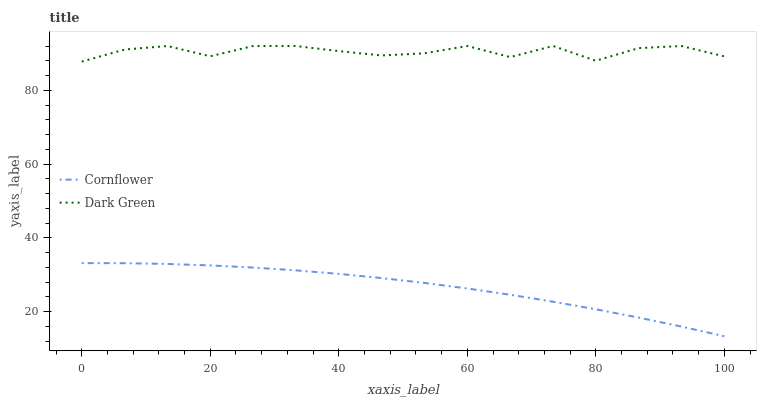
| xaxis_label | Cornflower | Dark Green |
 | --- | --- | --- |
 | 0 | 33.1 | 87.8 |
 | 6.67 | 33.1 | 91 |
 | 13.3 | 32.9 | 92 |
 | 20 | 32.5 | 89.2 |
 | 26.7 | 31.9 | 92 |
 | 33.3 | 31.2 | 92 |
 | 40 | 30.2 | 90.6 |
 | 46.7 | 29.1 | 89.4 |
 | 53.3 | 27.8 | 90 |
 | 60 | 26.2 | 92 |
 | 66.7 | 24.6 | 89 |
 | 73.3 | 22.7 | 92 |
 | 80 | 20.6 | 88 |
 | 86.7 | 18.4 | 91.4 |
 | 93.3 | 15.9 | 92 |
 | 100 | 13.3 | 89.2 |